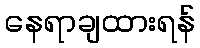
နေရာချထားရန်